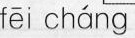
fēi cháng